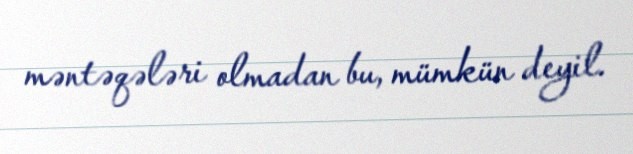
məntəqələri olmadan bu, mümkün deyil.